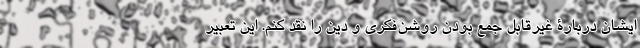
ایشان دربارۀ غیر‌قابل جمع بودن روشن‌فکری و دین را نقد کنم. این تعبیر